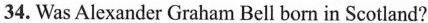
34. Was Alexander Graham Bell born in Scotland?